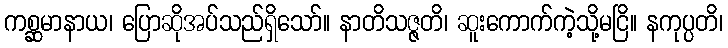
ကစ္ဆမာနာယ၊ ပြောဆိုအပ်သည်ရှိသော်။ နာတိသဇ္ဇတိ၊ ဆူးကောက်ကဲ့သို့မငြိ။ နကုပ္ပတိ၊